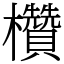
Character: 欑